Plague in India, 1896, 1897 - Volume 3
Year: 1896
Disease focus: Plague
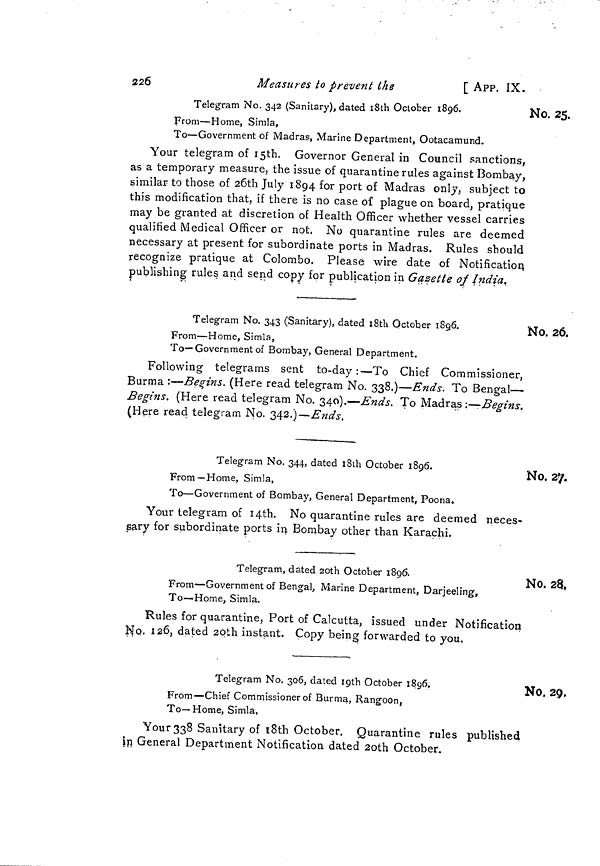
226
Measures to prevent the
[ APP. IX.
No. 25.
Telegram No. 342 (Sanitary), dated 18th October 1896.
From—Home, Simla,
To—Government of Madras, Marine Department, Ootacamund.
Your telegram of 15th. Governor General in Council sanctions,
as a temporary measure, the issue of quarantine rules against Bombay,
similar to those of 20th July 1894 for port of Madras only, subject to
this modification that, if there is no case of plague on board, pratique
may be granted at discretion of Health Officer whether vessel carries
qualified Medical Officer or not. No quarantine rules are deemed
necessary at present for subordinate ports in Madras. Rules should
recognize pratique at Colombo. Please wire date of Notification
publishing rules and send copy for publication in Gazette of India.
No. 26.
Telegram No. 343 (Sanitary), dated 18th October 1896.
From—Home, Simla,
To—Government of Bombay, General Department.
Following telegrams sent to-day:—To Chief Commissioner,
Burma :—Begins. (Here read telegram No. 338.)—Ends. To Bengal—
Begins. (Here read telegram No. 340).—Ends. To Madras :—Begins.
(Here read telegram No. 342.)—Ends.
No. 27.
Telegram No. 344, dated 18th October 1896.
From—Home, Simla,
To—Government of Bombay, General Department, Poona.
Your telegram of 14th. No quarantine rules are deemed neces-
sary for subordinate ports in Bombay other than Karachi.
No. 28,
Telegram, dated 20th October 1896.
From—Government of Bengal, Marine Department, Darjeeling,
To—Home, Simla.
Rules for quarantine, Port of Calcutta, issued under Notification
No. 126, dated 20th instant. Copy being forwarded to you.
No. 29,
Telegram No. 306, dated 19th October 1896.
From—Chief Commissioner of Burma, Rangoon,
To—Home, Simla,
Your 338 Sanitary of 18th October. Quarantine rules published
in General Department Notification dated 20th October.